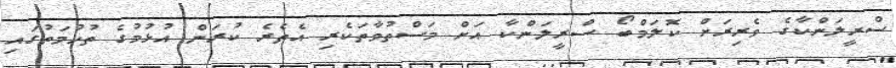
ސްރީލަންކާގެ ވެރިރަށް ކޮލަމްބޯ ސްރީލަންކާ އަށް މަސްތުވާތަކެރި އެތެރެ ކުރަން އުޅުމުގެ ތުހުމަތުގައި